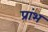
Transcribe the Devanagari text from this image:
प्रांभ